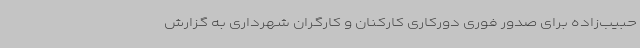
حبیب‌زاده برای صدور فوری دورکاری کارکنان و کارگران شهرداری به گزارش